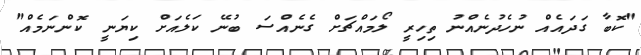
"ކޮބާ ގަދައެއް ނުހެދުނެއްނު ތިހިރީ ލޯމައްޗަށް ގެނެއްސަ ބުނޭ ކަލެއަށް ކިޔަނީ ކޮންނަމެއް"